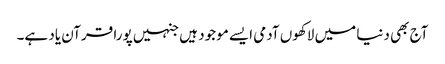
آج بھی دنیا میں لاکھوں آدمی ایسے موجود ہیں جنہیں پورا قرآن یاد ہے۔